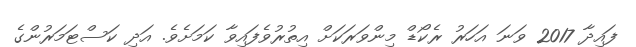
ފައިދާ 2017 ވަނަ އަހަރު ރެކޯޑް މިންވަރަކަށް އިތުރުވެފައިވާ ކަމަށެވެ. އަދި ކަސްޓަމަރުންގެ